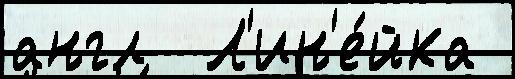
англ  Л'ин'е́йка